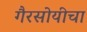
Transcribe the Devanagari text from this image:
गैरसोयीचा